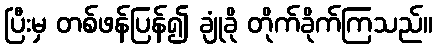
ပြီးမှ တစ်ဖန်ပြန်၍ ချုံခို တိုက်ခိုက်ကြသည်။